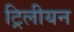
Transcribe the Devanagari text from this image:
ट्रिलीयन